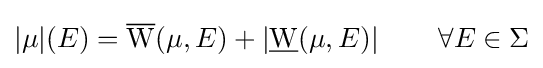
|\mu |(E)={\overline {\mathrm {W} }}(\mu ,E)+\left|{\underline {\mathrm {W} }}(\mu ,E)\right|\qquad \forall E\in \Sigma